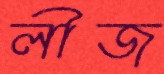
লীজ